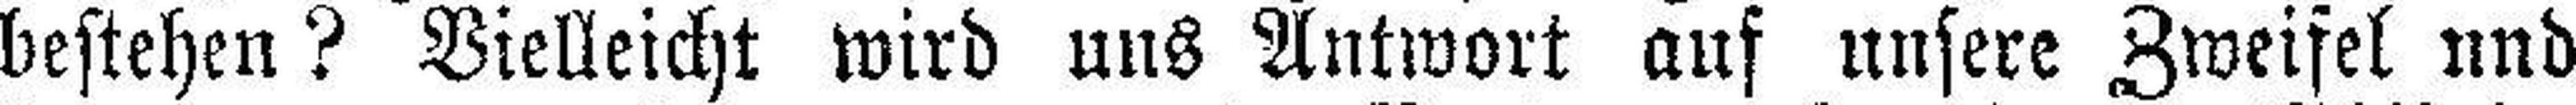
bestehen? Vielleicht wird uns Antwort auf unsere Zweifel und